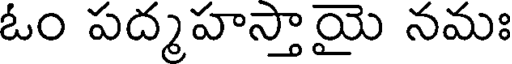
ఓం పద్మహస్తాయై నమః